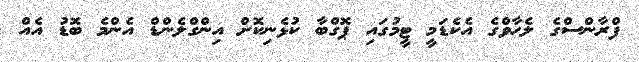
ފްރާންސްގެ ލެހާވްގެ އެކެޑަމީ ޓީމުގައި ޕޮގްބާ ކުޅެނިކޮށް އިންގްލެންޑް އެންމެ ބޮޑު އެއް